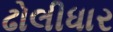
ઢોલીધાર